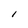
Character: I